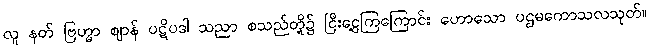
လူ နတ် ဗြဟ္မာ ဈာန် ပဋိပဒါ သညာ စသည်တို့၌ ငြီးငွေ့ကြကြောင်း ဟောသော ပဌမကောသလသုတ်။